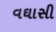
વઘાસી